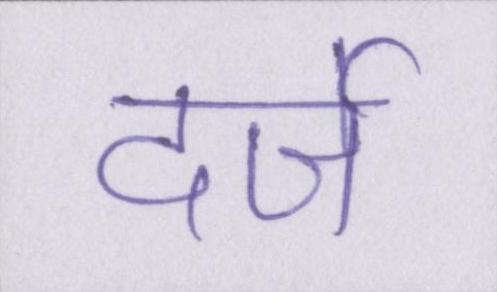
दर्जे